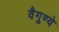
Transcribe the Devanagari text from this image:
वैगुण्ये